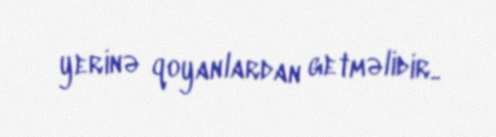
yerinə qoyanlardan getməlidir..